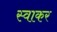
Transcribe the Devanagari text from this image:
स्वाकर